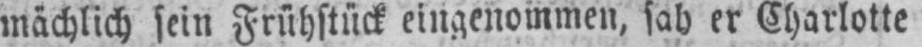
mächlich sein Frühstück eingenommen, sah er Charlotte